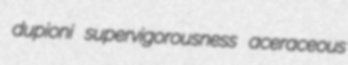
dupioni supervigorousness aceraceous